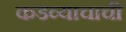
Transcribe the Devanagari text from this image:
कडव्याचाची